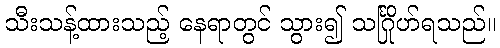
သီးသန့်ထားသည့် နေရာတွင် သွား၍ သင်္ဂြိုဟ်ရသည်။